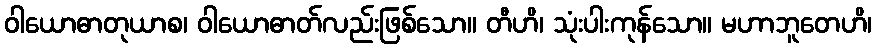
ဝါယောဓာတုယာစ၊ ဝါယောဓာတ်လည်းဖြစ်သော။ တီဟိ၊ သုံးပါးကုန်သော။ မဟာဘူတေဟိ၊